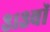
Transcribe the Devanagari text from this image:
३१३वॉ